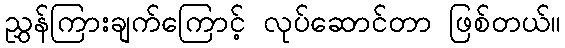
ညွှန်ကြားချက်ကြောင့် လုပ်ဆောင်တာ ဖြစ်တယ်။